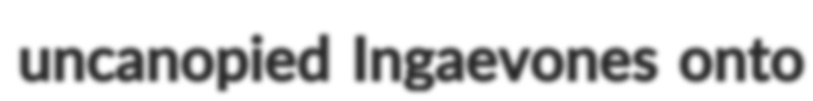
uncanopied Ingaevones onto